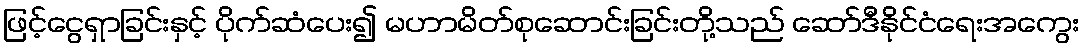
ဖြင့်ငွေရှာခြင်းနှင့် ပိုက်ဆံပေး၍ မဟာမိတ်စုဆောင်းခြင်းတို့သည် ဆော်ဒီနိုင်ငံရေးအကွေး